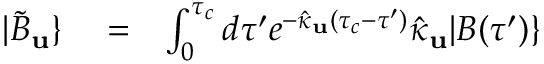
\begin{array} { r l r } { | \tilde { B } _ { \bf u } \} } & { { } = } & { \int _ { 0 } ^ { \tau _ { c } } d \tau ^ { \prime } e ^ { - \hat { \kappa } _ { \bf u } ( \tau _ { c } - \tau ^ { \prime } ) } \hat { \kappa } _ { \bf u } | B ( \tau ^ { \prime } ) \} } \end{array}